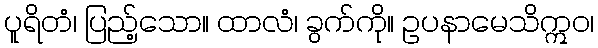
ပူရိတံ၊ ပြည့်သော။ ထာလံ၊ ခွက်ကို။ ဥပနာမေသိဣဝ၊